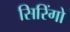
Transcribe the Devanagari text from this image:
सिरिंगो